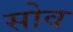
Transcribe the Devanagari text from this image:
सोव